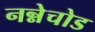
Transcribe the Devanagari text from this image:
नन्नेचोड